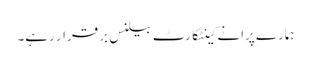
ہمارے پرانے کینٹکارٹ بیلنس برقرار رہے۔